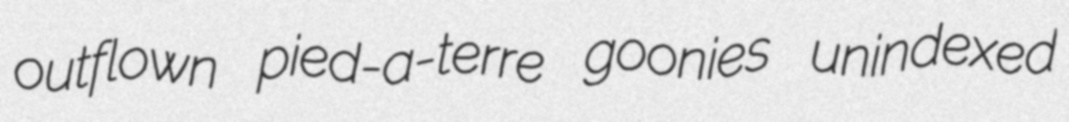
outflown pied-a-terre goonies unindexed